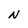
Character: N